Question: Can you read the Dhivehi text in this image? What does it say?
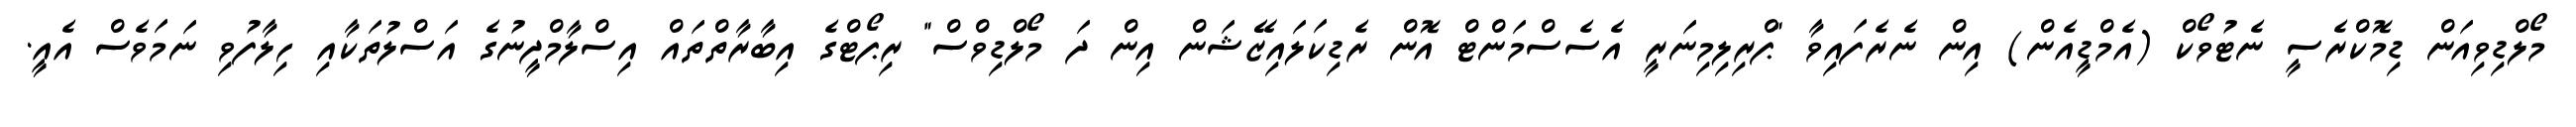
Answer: މޯލްޑިވިއަން ޑިމޮކްރެސީ ނެޓުވޯކް (އެމްޑީއެން) އިން ނެރެފައިވާ "ޕްރިލިމިނަރީ އެސެސްމަންޓް އޮން ރެޑިކަލައިޒޭޝަން އިން ދަ މޯލްޑިވްސް" ރިޕޯޓްގެ އިބާރާތްތައް އިސްލާމްދީނުގެ އަސްލުތަކާއި ހިލާފުވި ނަމަވެސް އެއީ.